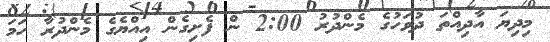
މިދިޔަ އާދިއްތަ ދުވަހުގެ މެންދުރު 2:00 ން ފެށިގެން އިއްޔެގެ މެންދުރާ ހަމަ